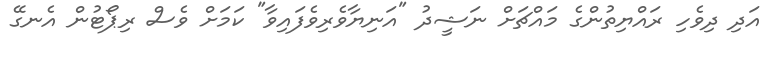
އަދި ދިވެހި ރައްޔިތުންގެ މައްޗަށް ނަޝީދު "އަނިޔާވެރިވެފައިވާ" ކަމަށް ވެސް ރިޕޯޓުން އެނގޭ